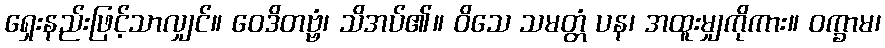
ရှေးနည်းဖြင့်သာလျှင်။ ဝေဒိတဗ္ဗံ၊ သိအပ်၏။ ဝိသေ သမတ္တံ ပန၊ အထူးမျှကိုကား။ ဝက္ခာမ၊